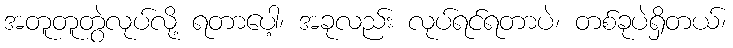
အတူတူတွဲလုပ်လို့ ရတာပေါ့၊ အခုလည်း လုပ်ရင်ရတာပဲ၊ တစ်ခုပဲရှိတယ်၊